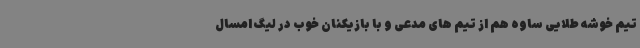
تیم خوشه طلایی ساوه هم از تیم های مدعی و با بازیکنان خوب در لیگ امسال